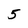
Character: 5